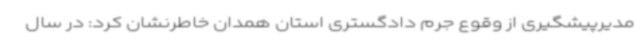
مدیرپیشگیری از وقوع جرم دادگستری استان همدان خاطرنشان کرد: در سال